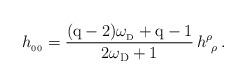
LaTeX: \begin{align*} h_{_{00}}={({\rm q-2})\omega_{_{\rm D}}+{\rm q-1}\over 2\omega_{{\rm D}}+1}\, h^\rho_{\ \rho}\, .\end{align*}